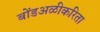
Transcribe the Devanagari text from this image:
बोंडअळीकरिता